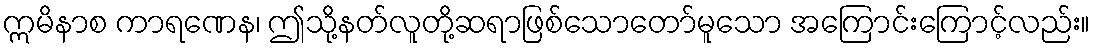
ဣမိနာစ ကာရဏေန၊ ဤသို့နတ်လူတို့ဆရာဖြစ်သောတော်မူသော အကြောင်းကြောင့်လည်း။